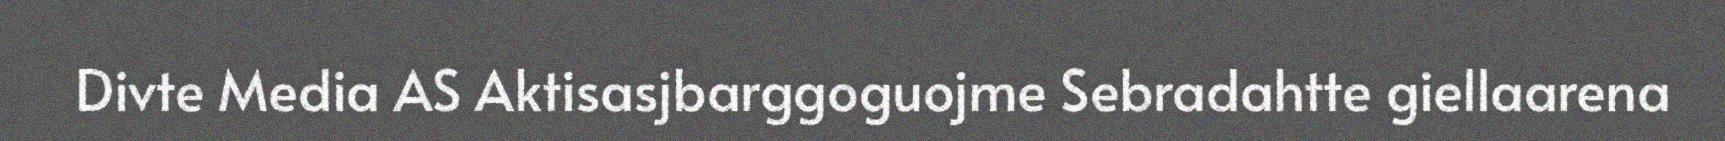
Divte Media AS Aktisasjbarggoguojme Sebradahtte giellaarena